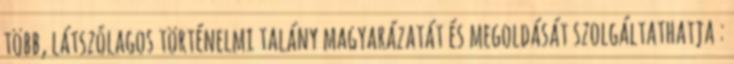
több, látszólagos történelmi talány magyarázatát és megoldását szolgáltathatja :